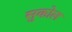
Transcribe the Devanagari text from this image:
सुकोल